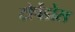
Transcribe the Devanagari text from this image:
टोर्पेडोस